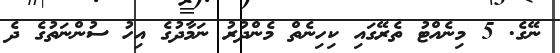
ނޭގެ. 5 މިނެއްޓު ތެރޭގައި ކިހިނެތް މެންދުރު ނަމާދުގެ އިހު ސުންނަތުގެ ދެ